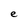
Character: e